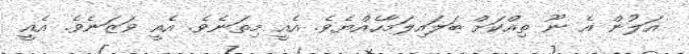
އަލުން އެ ނޫ ތިއްކަށް ބަލައިލަމާހެއްޔެވެ. އެއީ މިތަނެވެ. އެއީ ވަޒަނެވެ. އެއީ